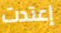
إعتدت